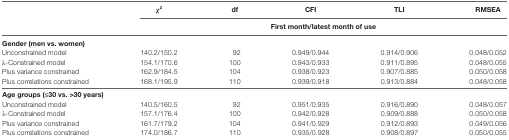
<table><thead><tr><td></td><td><b>χ<sup>2</sup></b></td><td><b>df</b></td><td><b>CFI</b></td><td><b>TLI</b></td><td><b>RMSEA</b></td></tr><tr><td></td><td colspan="5"><b>First month/latest month of use</b></td></tr></thead><tbody><tr><td colspan="6"><b>Gender (men vs. women)</b></td></tr><tr><td>Unconstrained model</td><td>140.2/150.2</td><td>92</td><td>0.949/0.944</td><td>0.914/0.906</td><td>0.048/0.052</td></tr><tr><td>λ-Constrained model</td><td>154.1/170.6</td><td>100</td><td>0.943/0.933</td><td>0.911/0.895</td><td>0.048/0.055</td></tr><tr><td>Plus variance constrained</td><td>162.9/184.5</td><td>104</td><td>0.938/0.923</td><td>0.907/0.885</td><td>0.050/0.058</td></tr><tr><td>Plus correlations constrained</td><td>168.1/195.9</td><td>110</td><td>0.939/0.918</td><td>0.913/0.884</td><td>0.048/0.058</td></tr><tr><td colspan="6"><b>Age groups (≤30 vs. &gt;30 years)</b></td></tr><tr><td>Unconstrained model</td><td>140.5/160.5</td><td>92</td><td>0.951/0.935</td><td>0.916/0.890</td><td>0.048/0.057</td></tr><tr><td>λ-Constrained model</td><td>157.1/176.4</td><td>100</td><td>0.942/0.928</td><td>0.909/0.888</td><td>0.050/0.058</td></tr><tr><td>Plus variance constrained</td><td>161.7/179.2</td><td>104</td><td>0.941/0.929</td><td>0.912/0.893</td><td>0.049/0.056</td></tr><tr><td>Plus correlations constrained</td><td>174.0/186.7</td><td>110</td><td>0.935/0.928</td><td>0.908/0.897</td><td>0.050/0.055</td></tr></tbody></table>